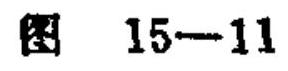
图 \(15 - 11\)